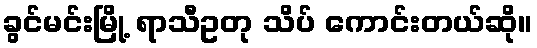
ခွင်မင်းမြို့ ရာသီဥတု သိပ် ကောင်းတယ်ဆို။